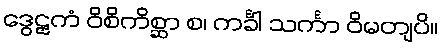
ဒွေဠှကံ ဝိစိကိစ္ဆာ စ၊ ကင်္ခါ သင်္ကာ ဝိမတျပိ။